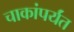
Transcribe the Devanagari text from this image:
चाकांपर्यंत